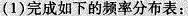
(1)完成如下的频率分布表：